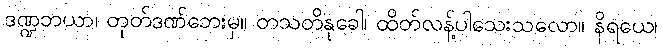
ဒဏ္ဍဘယာ၊ တုတ်ဒဏ်ဘေးမှ။ တသတိနုခေါ၊ ထိတ်လန့်ပါသေးသလော။ နိရယေ၊